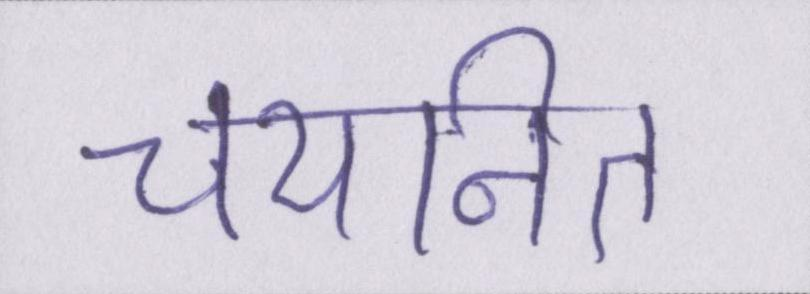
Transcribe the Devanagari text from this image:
चयनित